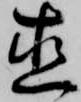
直